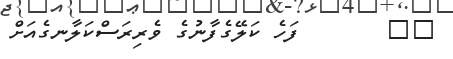
٩٨       ފަހެ ކަލޭގެފާނުގެ ވެރިރަސްކަލާނގެއަށް